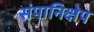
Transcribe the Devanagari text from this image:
संपानिक्षेप